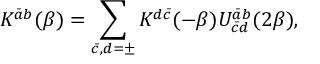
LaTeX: K ^ { \bar { a } b } ( \beta ) = \sum _ { \bar { c } , d = \pm } K ^ { d \bar { c } } ( - \beta ) U _ { \bar { c } d } ^ { \bar { a } b } ( 2 \beta ) ,